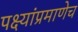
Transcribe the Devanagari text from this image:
पक्ष्यांप्रमाणेच